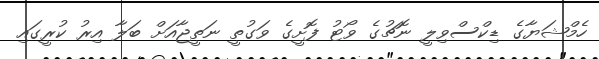
ހެމްޝަޔާގެ ޑިކްސްވިލީ ނޮޗުގެ ވޯޓު ފޮށީގެ ވަގުތީ ނަތީޖާއަށް ބަލާ އިރު ކުރީގައި